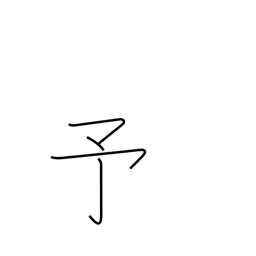
Meaning: previous